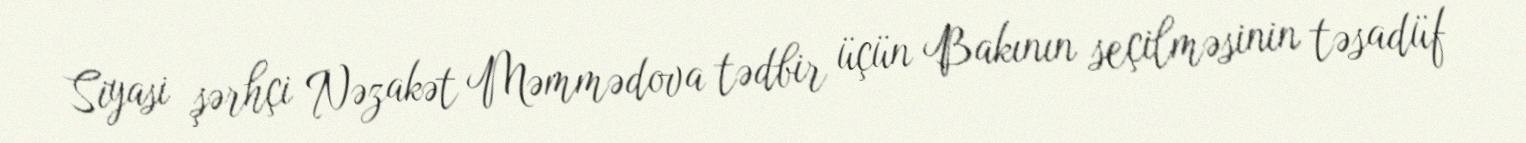
Siyasi şərhçi Nəzakət Məmmədova tədbir üçün Bakının seçilməsinin təsadüf